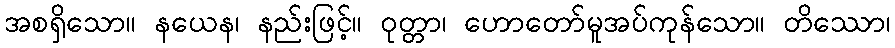
အစရှိသော။ နယေန၊ နည်းဖြင့်။ ဝုတ္တာ၊ ဟောတော်မူအပ်ကုန်သော။ တိဿော၊